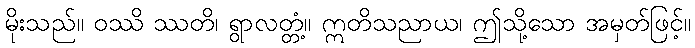
မိုးသည်။ ဝဿိ ဿတိ၊ ရွာလတ္တံ့။ ဣတိသညာယ၊ ဤသို့သော အမှတ်ဖြင့်။